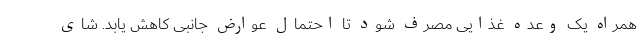
همراه یک وعده غذایی مصرف شود تا احتمال عوارض جانبی کاهش یابد. شای